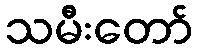
သမီးတော်